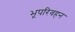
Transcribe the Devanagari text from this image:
भूपरिवहन